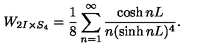
W _ { 2 I \times S _ { 4 } } = \frac { 1 } { 8 } \sum _ { n = 1 } ^ { \infty } \frac { \cosh n L } { n ( \sinh n L ) ^ { 4 } } .